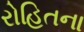
રોહિતના